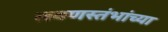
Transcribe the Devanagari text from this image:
लवणस्तंभांच्या